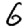
Digit: 6